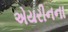
એયરીનના